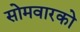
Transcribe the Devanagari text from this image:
सोमवारको